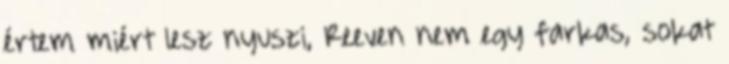
értem miért lesz nyuszi, Reeven nem egy farkas, sokat